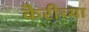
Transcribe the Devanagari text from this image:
कैरीच्या